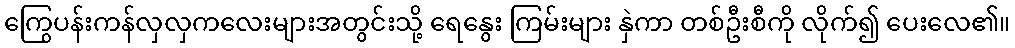
ကြွေပန်းကန်လှလှကလေးများအတွင်းသို့ ရေနွေး ကြမ်းများ နှဲကာ တစ်ဦးစီကို လိုက်၍ ပေးလေ၏။